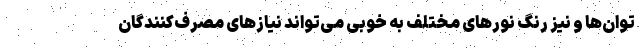
توان‌ها و نیز رنگ نورهای مختلف به خوبی می‌تواند نیازهای مصرف‌کنندگان